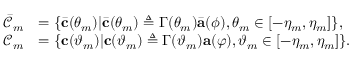
\begin{array} { r l } { \bar { \mathcal { C } } _ { m } } & { = \{ \bar { \mathbf { c } } ( \theta _ { m } ) | \bar { \mathbf { c } } ( \theta _ { m } ) \triangleq \boldsymbol { \Gamma } ( \theta _ { m } ) \bar { \mathbf { a } } ( \phi ) , \theta _ { m } \in [ - \eta _ { m } , \eta _ { m } ] \} , } \\ { \mathcal { C } _ { m } } & { = \{ \mathbf { c } ( \vartheta _ { m } ) | \mathbf { c } ( \vartheta _ { m } ) \triangleq \boldsymbol { \Gamma } ( \vartheta _ { m } ) \mathbf { a } ( \varphi ) , \vartheta _ { m } \in [ - \eta _ { m } , \eta _ { m } ] \} . } \end{array}